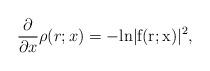
LaTeX: \begin{align*}\frac{\partial}{\partial x}\rho (r;x)=- \rm{ln}|f(r;x)|^2,\end{align*}